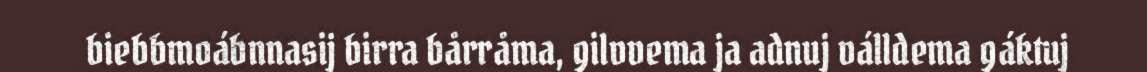
biebbmoábnnasij birra bårråma, gilvvema ja adnuj válldema gáktuj